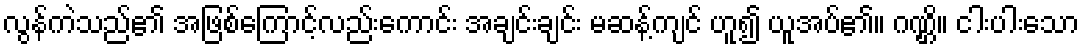
လွန်ကဲသည်၏ အဖြစ်ကြောင့်လည်းကောင်း အချင်းချင်း မဆန့်ကျင် ဟူ၍ ယူအပ်၏။ ဂဏ္ဌိ။ ငါးပါးသော